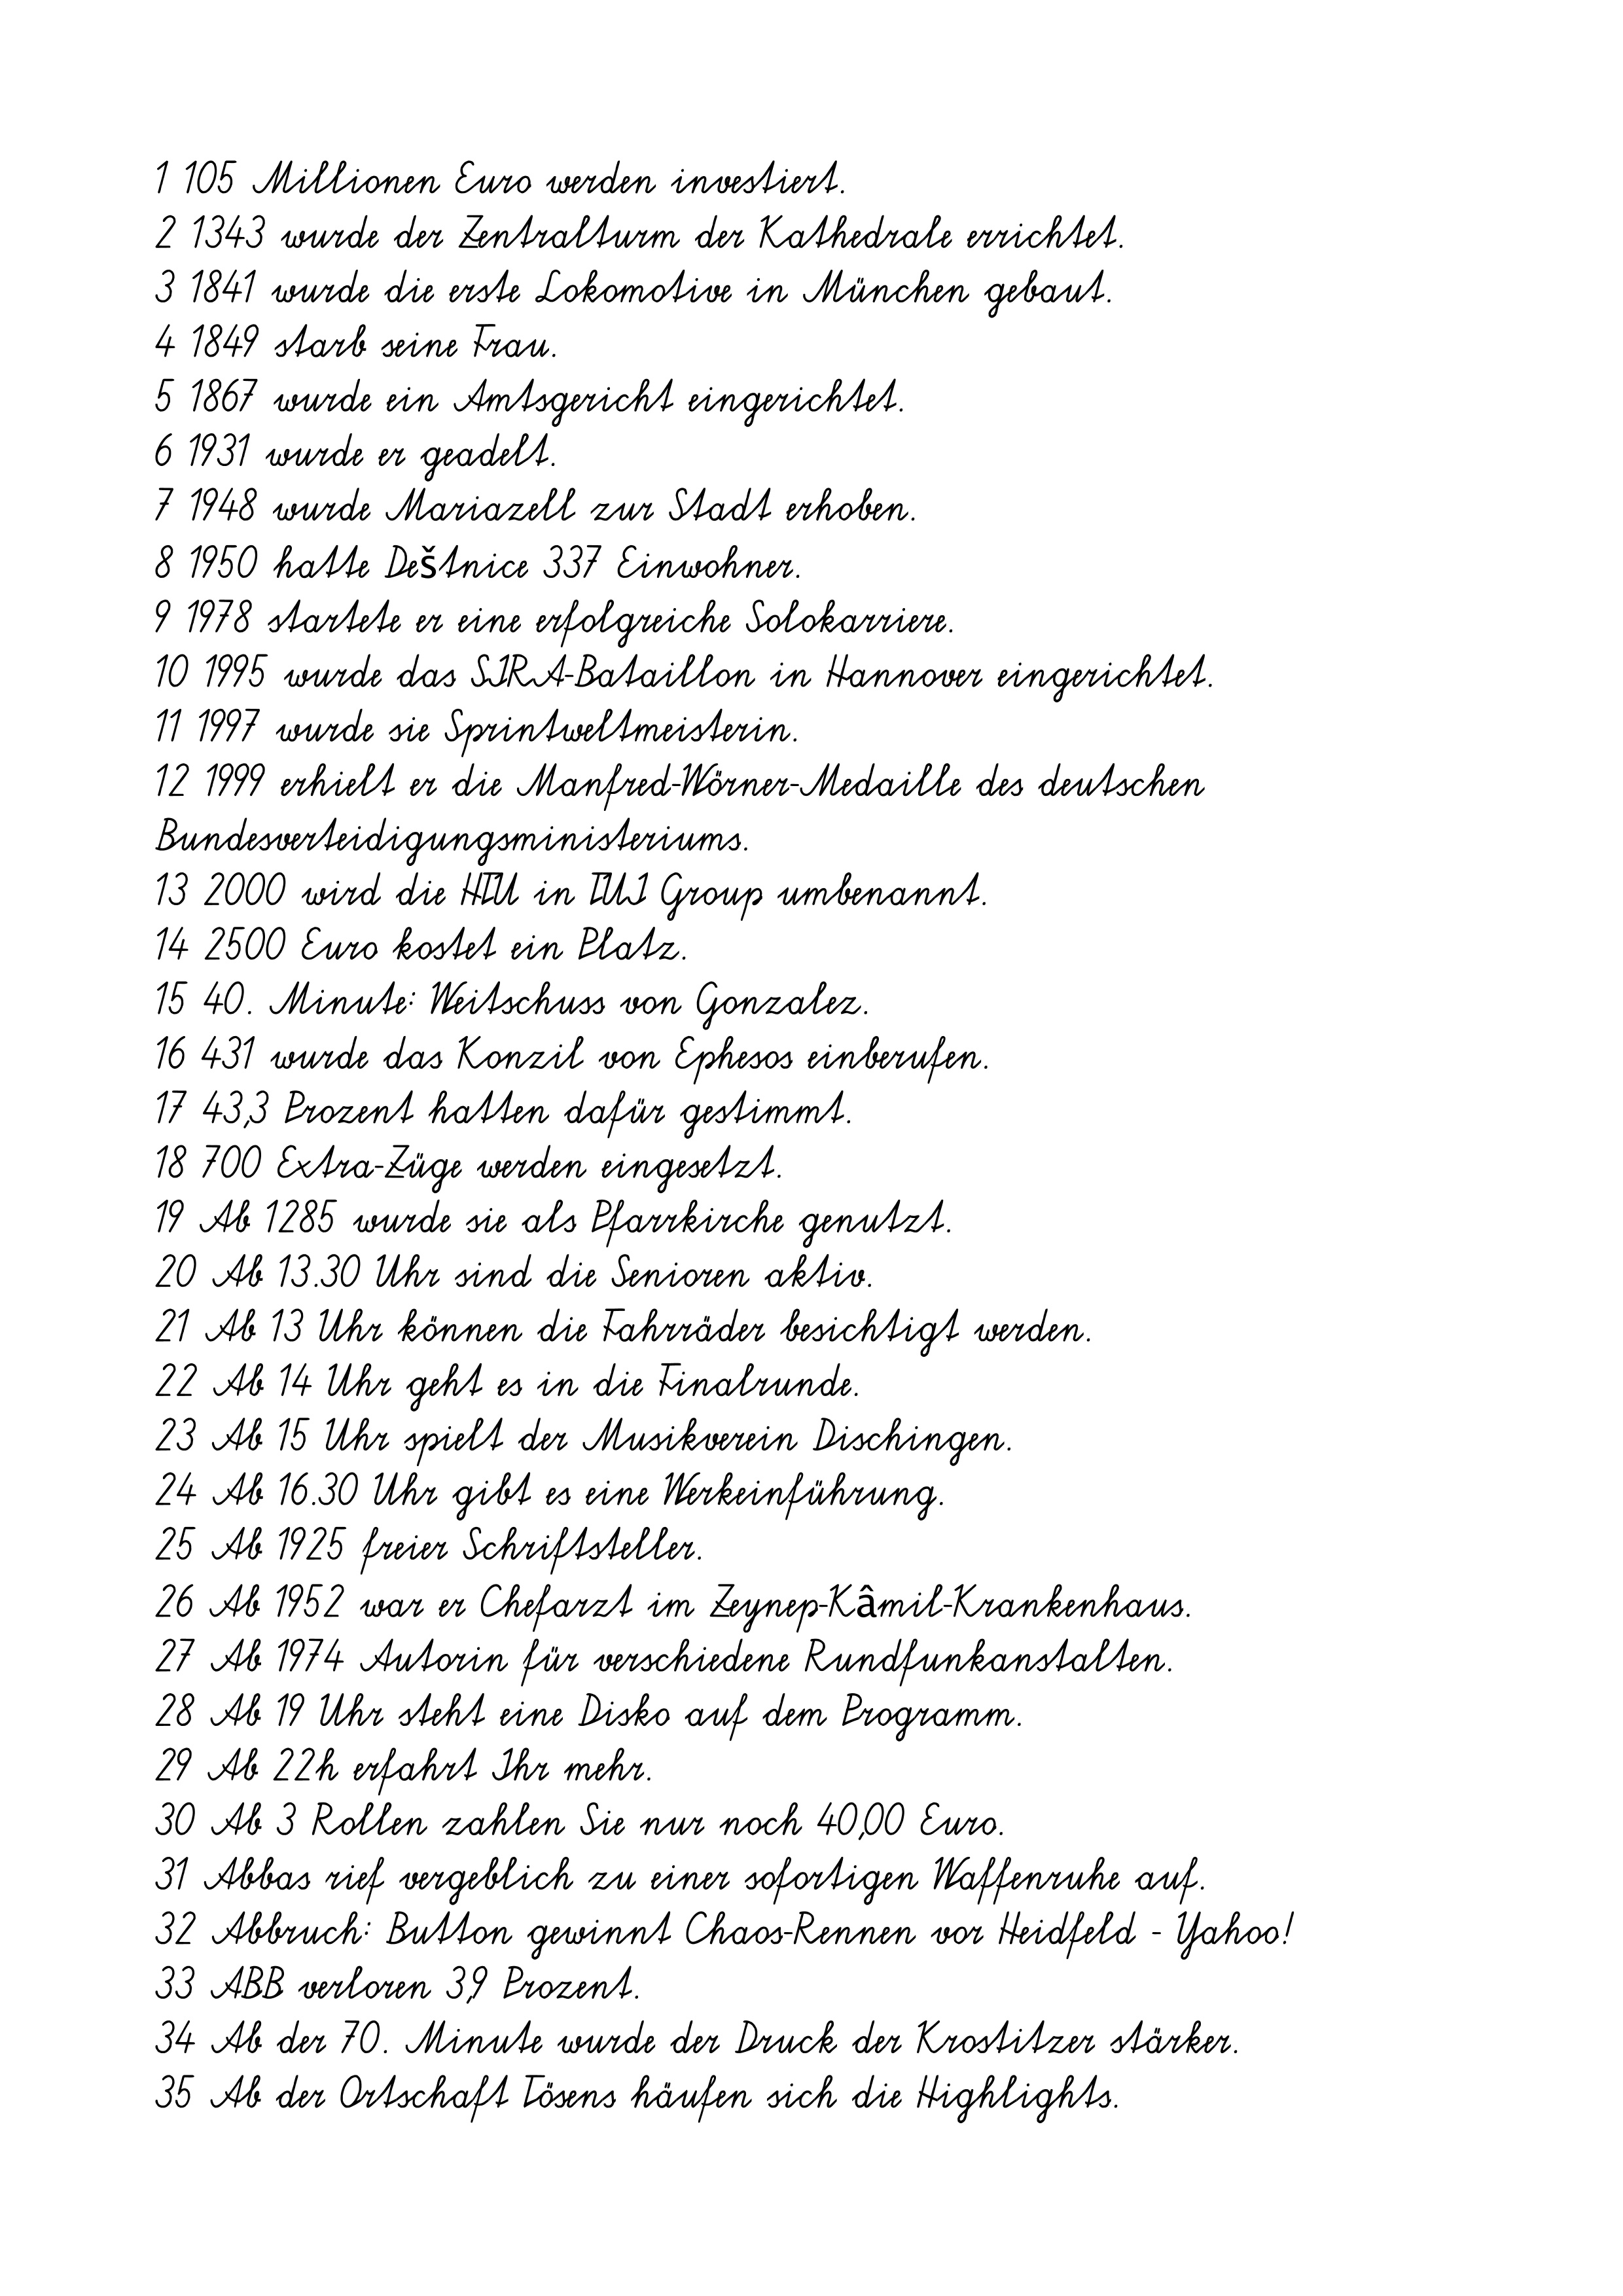
1 105 Millionen Euro werden investiert.
2 1343 wurde der Zentralturm der Kathedrale errichtet.
3 1841 wurde die erste Lokomotive in München gebaut.
4 1849 starb seine Frau.
5 1867 wurde ein Amtsgericht eingerichtet.
6 1931 wurde er geadelt.
7 1948 wurde Mariazell zur Stadt erhoben.
8 1950 hatte Deštnice 337 Einwohner.
9 1978 startete er eine erfolgreiche Solokarriere.
10 1995 wurde das SIRA-Bataillon in Hannover eingerichtet.
11 1997 wurde sie Sprintweltmeisterin.
12 1999 erhielt er die Manfred-Wörner-Medaille des deutschen
Bundesverteidigungsministeriums.
13 2000 wird die HTU in TUI Group umbenannt.
14 2500 Euro kostet ein Platz.
15 40. Minute: Weitschuss von Gonzalez.
16 431 wurde das Konzil von Ephesos einberufen.
17 43,3 Prozent hatten dafür gestimmt.
18 700 Extra-Züge werden eingesetzt.
19 Ab 1285 wurde sie als Pfarrkirche genutzt.
20 Ab 13.30 Uhr sind die Senioren aktiv.
21 Ab 13 Uhr können die Fahrräder besichtigt werden.
22 Ab 14 Uhr geht es in die Finalrunde.
23 Ab 15 Uhr spielt der Musikverein Dischingen.
24 Ab 16.30 Uhr gibt es eine Werkeinführung.
25 Ab 1925 freier Schriftsteller.
26 Ab 1952 war er Chefarzt im Zeynep-Kâmil-Krankenhaus.
27 Ab 1974 Autorin für verschiedene Rundfunkanstalten.
28 Ab 19 Uhr steht eine Disko auf dem Programm.
29 Ab 22h erfahrt Ihr mehr.
30 Ab 3 Rollen zahlen Sie nur noch 40,00 Euro.
31 Abbas rief vergeblich zu einer sofortigen Waffenruhe auf.
32 Abbruch: Button gewinnt Chaos-Rennen vor Heidfeld - Yahoo!
33 ABB verloren 3,9 Prozent.
34 Ab der 70. Minute wurde der Druck der Krostitzer stärker.
35 Ab der Ortschaft Tösens häufen sich die Highlights.